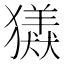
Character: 𤢮